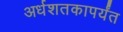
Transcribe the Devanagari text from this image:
अर्धशतकापर्यंत